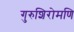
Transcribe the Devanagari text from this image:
गुरुशिरोमणि